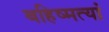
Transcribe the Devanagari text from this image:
बहिष्मत्यां